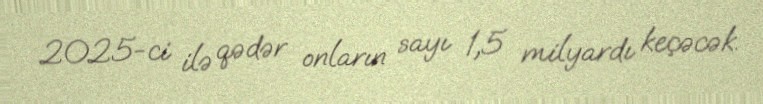
2025-ci ilə qədər onların sayı 1,5 milyardı keçəcək.